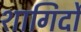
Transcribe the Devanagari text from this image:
शागिर्दों